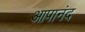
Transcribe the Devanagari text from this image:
आपानंद